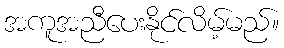
အကူအညီပေးနိုင်လိမ့်မည်။